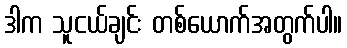
ဒါက သူငယ်ချင်း တစ်ယောက်အတွက်ပါ။